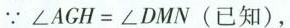
∵ $$∠ A G H = ∠ D M N$$ (已知)，